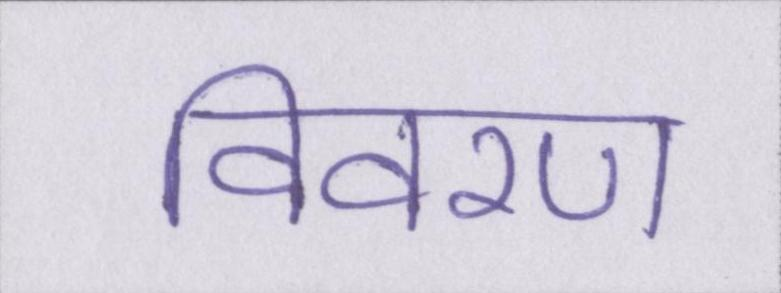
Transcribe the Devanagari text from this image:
विवरण